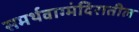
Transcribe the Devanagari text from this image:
समर्थवाग्मंदिरातील